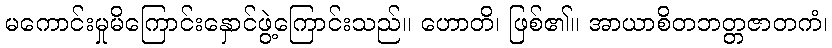
မကောင်းမှုမိကြောင်းနှောင်ဖွဲ့ကြောင်းသည်။ ဟောတိ၊ ဖြစ်၏။ အာယာစိတဘတ္တဇာတကံ၊